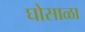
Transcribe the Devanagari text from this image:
घोसाळा